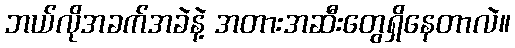
ဘယ်လိုအခက်အခဲနဲ့ အတားအဆီးတွေရှိနေတာလဲ။